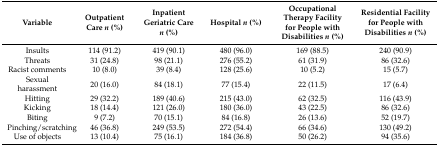
<table><thead><tr><td><b>Variable</b></td><td><b>Outpatient Care <i>n</i> (%)</b></td><td><b>Inpatient Geriatric Care <i>n</i> (%)</b></td><td><b>Hospital <i>n</i> (%)</b></td><td><b>Occupational Therapy Facility for People with Disabilities <i>n</i> (%)</b></td><td><b>Residential Facility for People with Disabilities <i>n</i> (%)</b></td></tr></thead><tbody><tr><td>Insults</td><td>114 (91.2)</td><td>419 (90.1)</td><td>480 (96.0)</td><td>169 (88.5)</td><td>240 (90.9)</td></tr><tr><td>Threats</td><td>31 (24.8)</td><td>98 (21.1)</td><td>276 (55.2)</td><td>61 (31.9)</td><td>86 (32.6)</td></tr><tr><td>Racist comments</td><td>10 (8.0)</td><td>39 (8.4)</td><td>128 (25.6)</td><td>10 (5.2)</td><td>15 (5.7)</td></tr><tr><td>Sexual harassment</td><td>20 (16.0)</td><td>84 (18.1)</td><td>77 (15.4)</td><td>22 (11.5)</td><td>17 (6.4)</td></tr><tr><td>Hitting</td><td>29 (32.2)</td><td>189 (40.6)</td><td>215 (43.0)</td><td>62 (32.5)</td><td>116 (43.9)</td></tr><tr><td>Kicking</td><td>18 (14.4)</td><td>121 (26.0)</td><td>180 (36.0)</td><td>43 (22.5)</td><td>86 (32.6)</td></tr><tr><td>Biting</td><td>9 (7.2)</td><td>70 (15.1)</td><td>84 (16.8)</td><td>26 (13.6)</td><td>52 (19.7)</td></tr><tr><td>Pinching/scratching</td><td>46 (36.8)</td><td>249 (53.5)</td><td>272 (54.4)</td><td>66 (34.6)</td><td>130 (49.2)</td></tr><tr><td>Use of objects</td><td>13 (10.4)</td><td>75 (16.1)</td><td>184 (36.8)</td><td>50 (26.2)</td><td>94 (35.6)</td></tr></tbody></table>